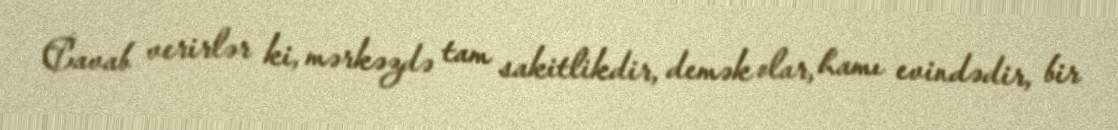
Cavab verirlər ki, mərkəzdə tam sakitlikdir, demək olar, hamı evindədir, bir